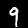
Label: 9